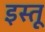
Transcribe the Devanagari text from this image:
इस्तू